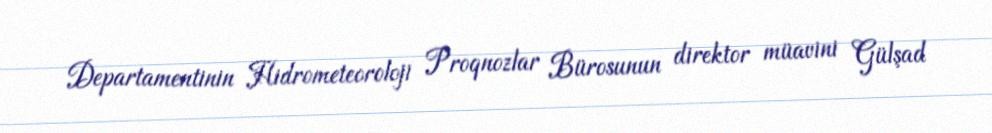
Departamentinin Hidrometeoroloji Proqnozlar Bürosunun direktor müavini Gülşad